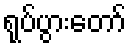
ရုပ်ပွားတော်